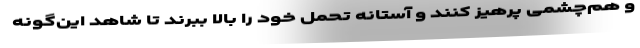
و هم‌چشمی پرهیز کنند و آستانه تحمل خود را بالا ببرند تا شاهد این‌گونه